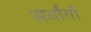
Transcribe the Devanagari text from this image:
सर्वांगों